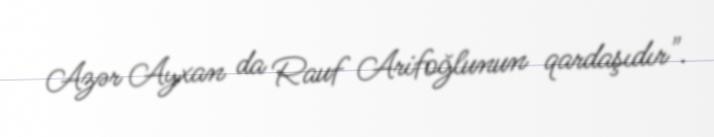
Azər Ayxan da Rauf Arifoğlunun qardaşıdır".